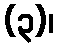
(၃)၊